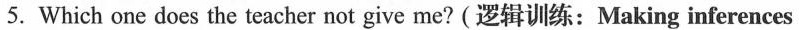
5.Which one does the teacher not give me?(逻辑训练:Making inferences